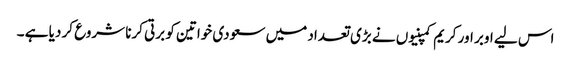
اس لیے اوبر اور کریم کمپنیوں نے بڑی تعداد میں سعودی خواتین کو برتی کرنا شروع کر دیا ہے ۔